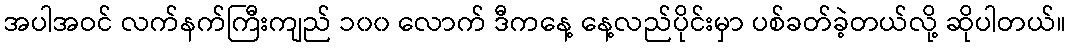
အပါအဝင် လက်နက်ကြီးကျည် ၁၀၀ လောက် ဒီကနေ့ နေ့လည်ပိုင်းမှာ ပစ်ခတ်ခဲ့တယ်လို့ ဆိုပါတယ်။